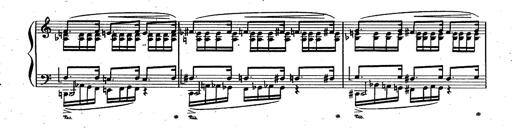
Title: RÃ©miniscences des Huguenots
Composer: Franz Liszt